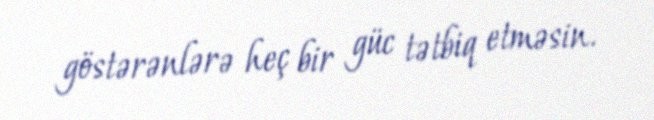
göstərənlərə heç bir güc tətbiq etməsin.